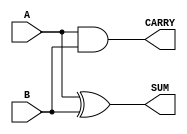
module HalfAdder (
    input wire A,    // First input bit
    input wire B,    // Second input bit
    output wire SUM, // Sum output (A XOR B)
    output wire CARRY // Carry output (A AND B)
);

// Assign the SUM and CARRY outputs using logical operations
assign SUM = A ^ B;    // XOR operation for sum
assign CARRY = A & B;  // AND operation for carry

endmodule